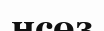
нсөз